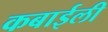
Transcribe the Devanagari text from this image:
कबाईली